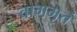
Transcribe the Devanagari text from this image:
वागमृतं